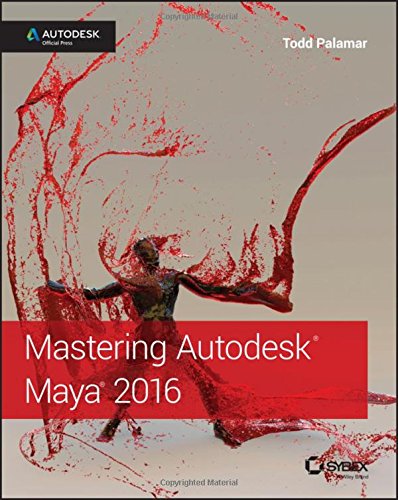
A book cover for Mastering Autodesk Maya 2016: Autodesk Official Press; Todd Palamar; Computers & Technology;